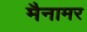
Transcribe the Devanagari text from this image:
मैनामर